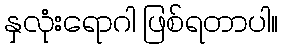
နှလုံးရောဂါ ဖြစ်ရတာပါ။